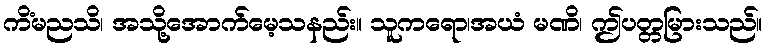
ကိံမညသိ၊ အသို့အောက်မေ့သနည်း။ သူကရော၊အယံ မဏိ၊ ဤပတ္တမြားသည်။